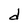
Character: d